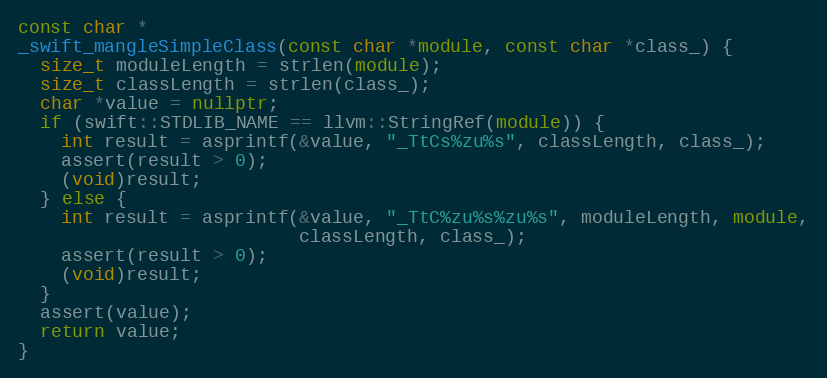
Language: C++
const char *
_swift_mangleSimpleClass(const char *module, const char *class_) {
  size_t moduleLength = strlen(module);
  size_t classLength = strlen(class_);
  char *value = nullptr;
  if (swift::STDLIB_NAME == llvm::StringRef(module)) {
    int result = asprintf(&value, "_TtCs%zu%s", classLength, class_);
    assert(result > 0);
    (void)result;
  } else {
    int result = asprintf(&value, "_TtC%zu%s%zu%s", moduleLength, module,
                          classLength, class_);
    assert(result > 0);
    (void)result;
  }
  assert(value);
  return value;
}